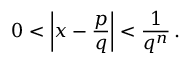
0 < \left| x - { \frac { p } { q } } \right| < { \frac { 1 } { q ^ { n } } } \, .